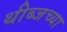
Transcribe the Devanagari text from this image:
थीब्जच्या